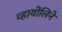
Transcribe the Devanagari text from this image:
व्हायोलिने